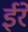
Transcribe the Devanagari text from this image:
ईरे